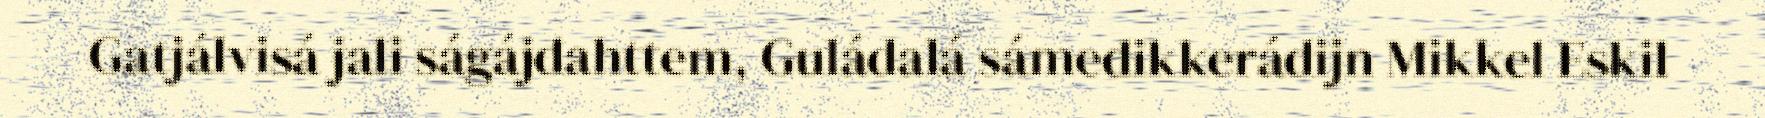
Gatjálvisá jali ságájdahttem, Guládalá sámedikkerádijn Mikkel Eskil